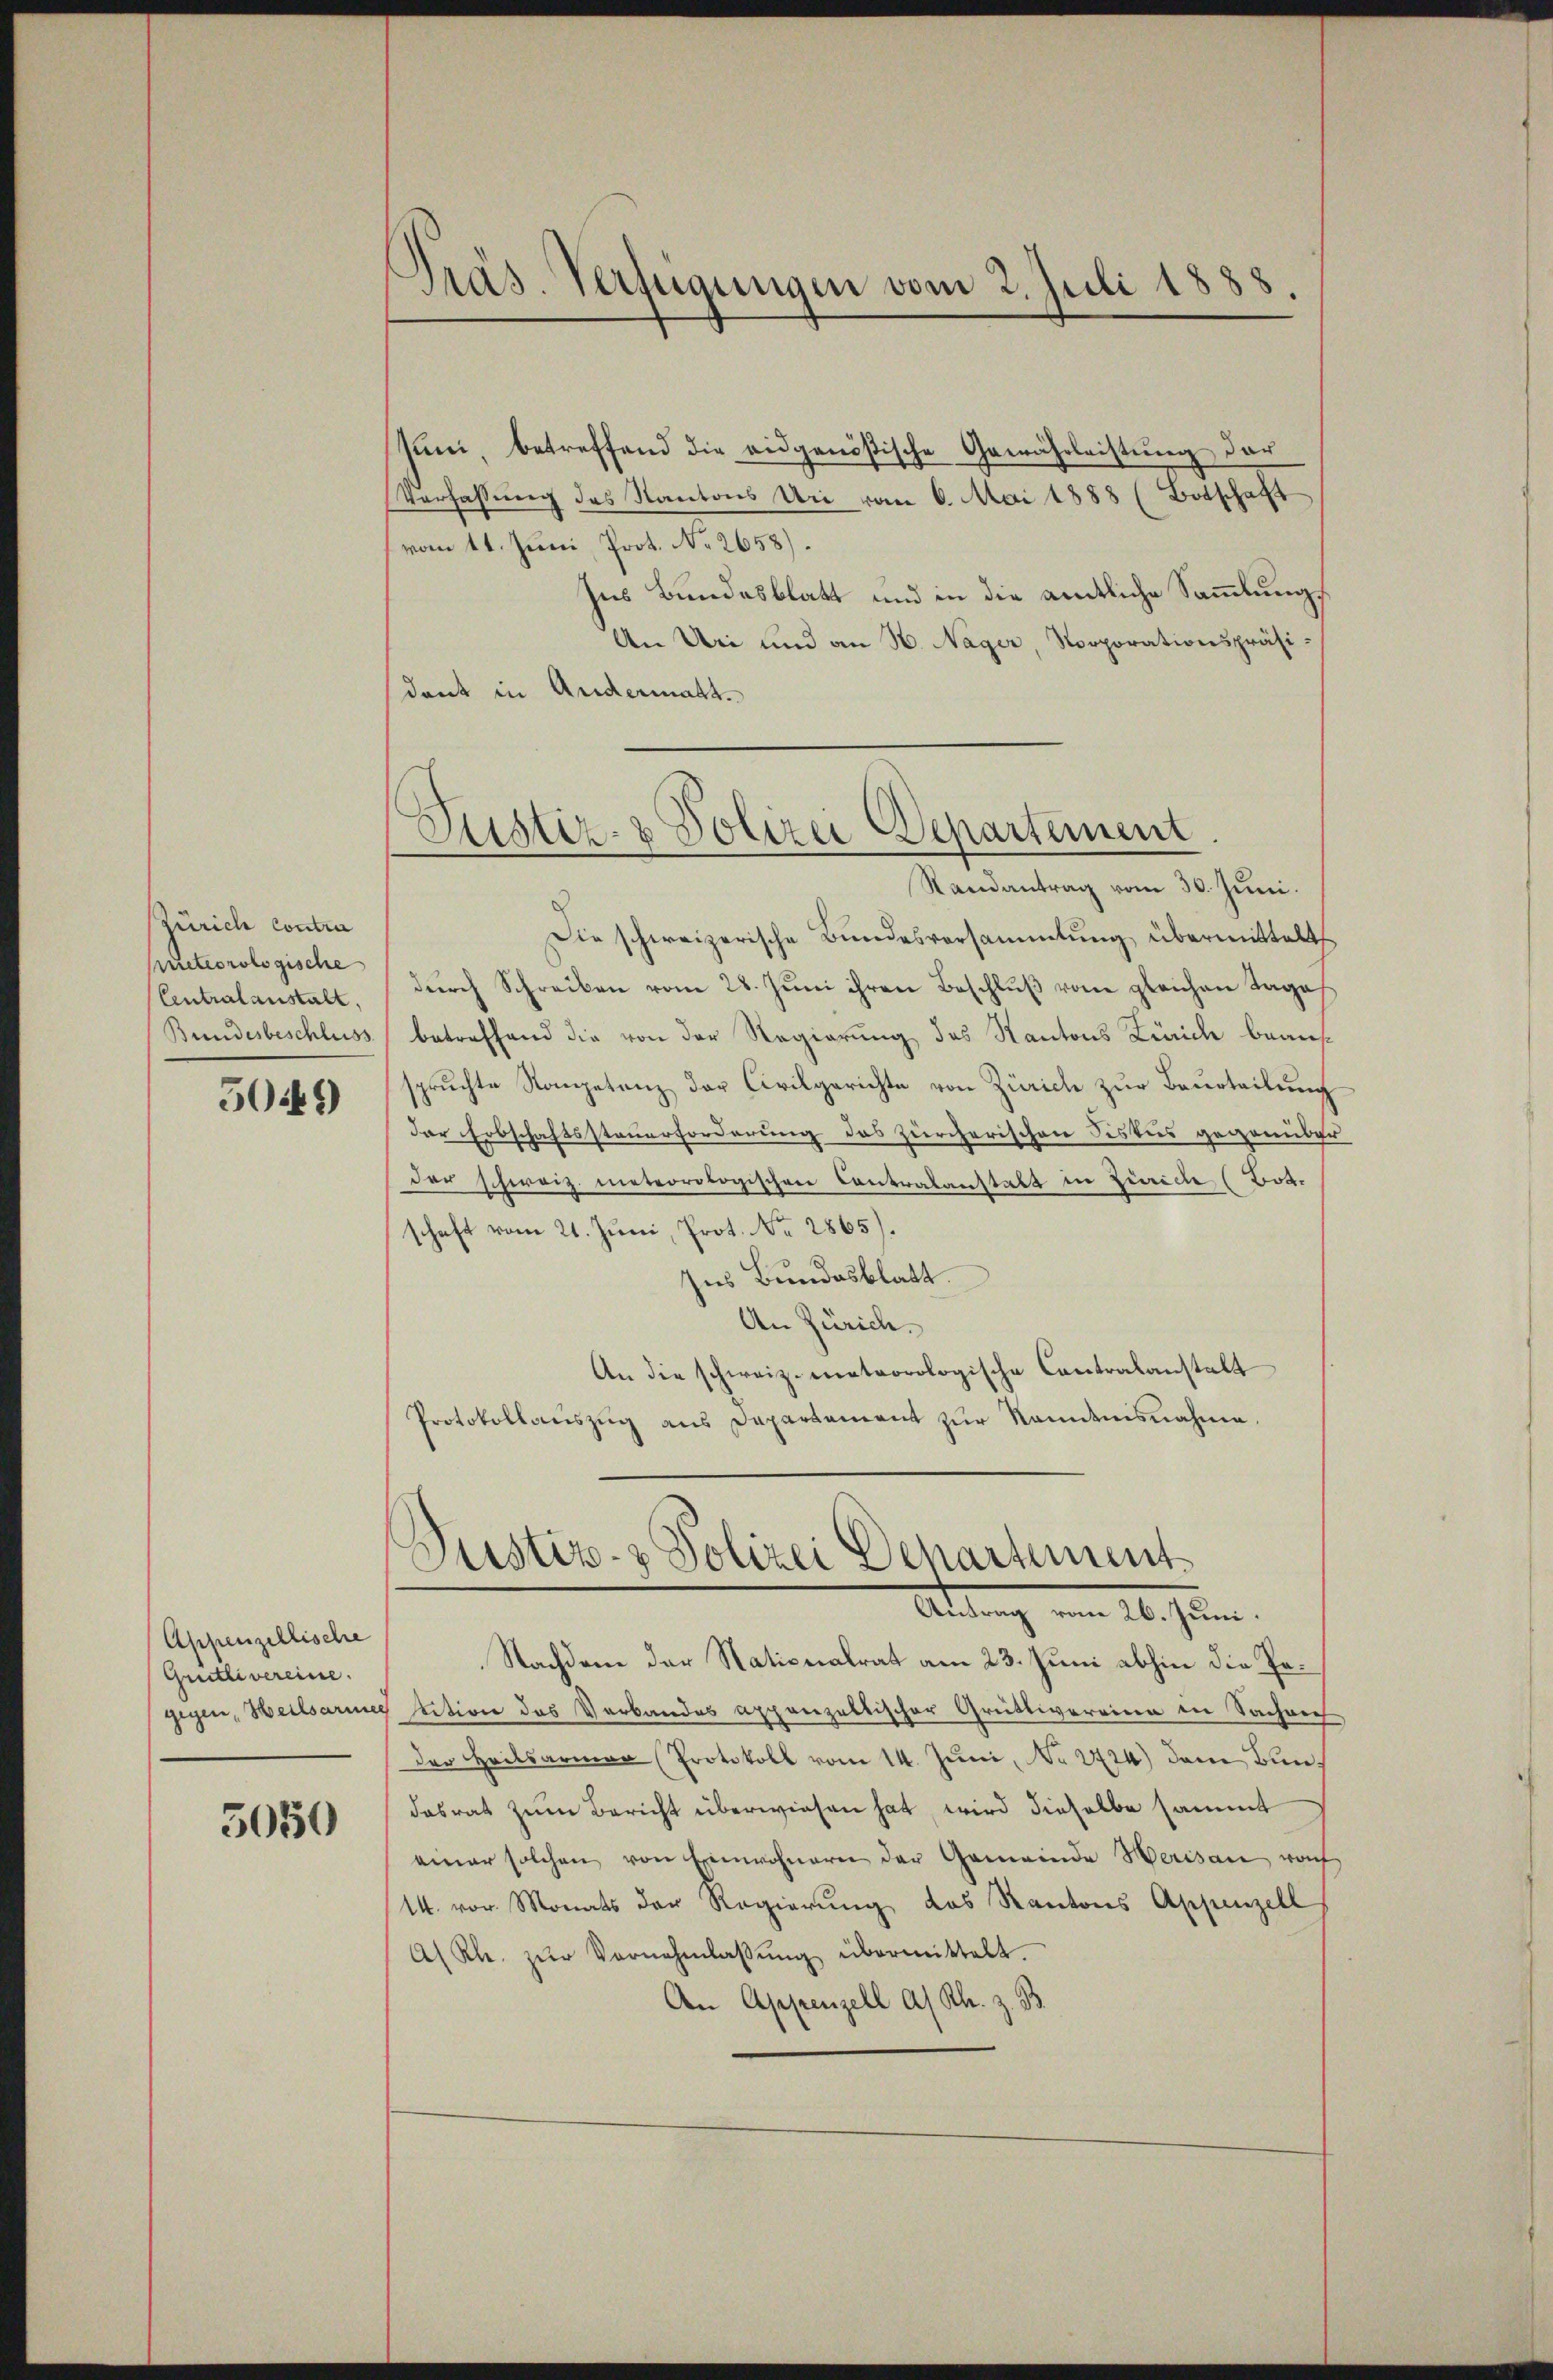
Zürich contra
Meteorologische
Centralanstalt,
Bundesbeschluss

50449)

Appenzellische
Gritlivereinse.
gegen, Heilsarmes

5050

Präs. Verfügungen vom 2. Juli 1888.

Justiz- & Polizei Departement

Kuni, betreffend die eidgenößische Gewährleistung der
Verfassŭng des Kantons Uri vom 6. Mai 1888 (Botschaft
vom 11. Juni, Prot. No. 2658).
Ins Bundesblatt und in die amtliche Sammlungs¬
An Uri und an H. Nager, Norporationspräsidank in Andermatt.
Randantrag vom 30. Juni.
Die schweizerische Bundesversammlung übermittelt
durch Schreiben vom 28. Juni ihren Beschluß vom gleichen Tages
betreffend die von der Regierung des Kantons Zürich beaufspruchte Kompetenz der Civilgerichte von Zürich zur Beurteilung
der Erbschaftssteuerforderung das zürcherischen Fiskus gegenüber
der schweiz. meteorologischen Contralanstalt in Zürich (Bot.
schaft vom 21. Juni, Prot. No. 2865).
Ins Bundesblatt.
An Zürich.
An die schweiz. meteorologische Contralanstalt
Protokollaŭszŭg ans Departament zŭr Randtnisnahme.

Justiz- & Polizei Departement
Altung vom 26. Juni.

Nachdem der Nationalrat am 23. Juni abhin die Potition des Verbandes appenzeltischer Grütlivereine in Sachnech
der Heilsarmen Protokoll vom 14. Juni, No 2724) dem Bundasrat zum Bericht überwiesen hat, wird dieselbe sammt
einer solchen von Einwohnern der Gemeinde Herisau von
14. vor. Monats der Regierung des Kantons Appenzell
A Kl. zŭr Vernehmlassŭng übermittelt.
An Appenzell a/Rh. z. B.